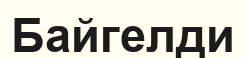
Байгелди